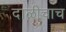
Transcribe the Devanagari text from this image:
दाळीचाच